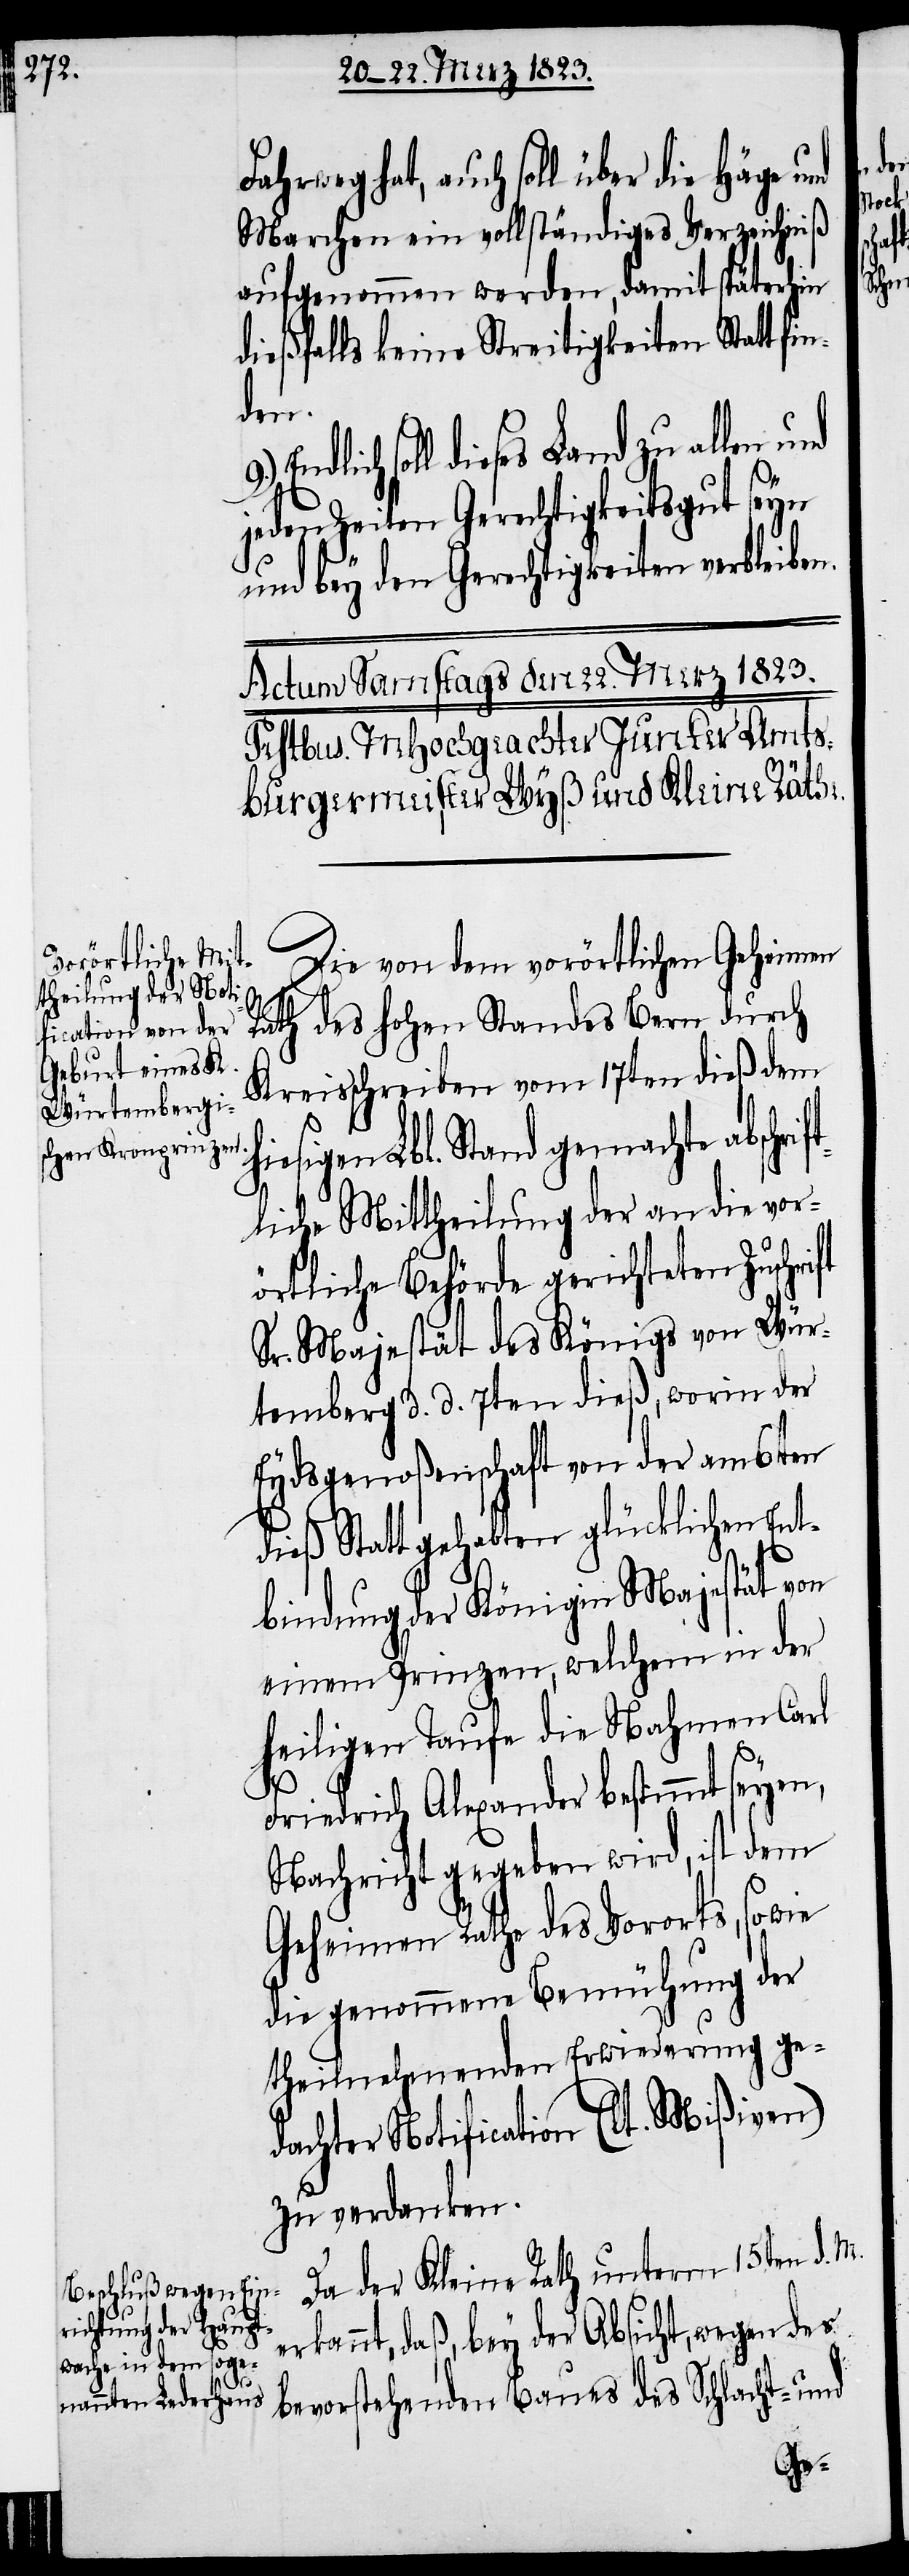
Fahrweg hat, auch soll über die Häge und
Marchen ein vollständiges Verzeichniß
aufgenommen werden, damit späterhin
dießfalls keine Streitigkeiten Statt fin¬
den.
soll dieses Land zu allen
jeden Zeiten Gerechtigkeitsgut seyn
und bey den Gerechtigkeiten verbleiben.
Die von dem vorörtlichen Geheimen
Rath des hohen Standes Bern durch
Kreisschreiben vom 17ten dieß dem
hiesigen Lbl. Stand gemachte abschrif¬
tliche Mittheilung der an die vor¬
örtliche Behörde gerichteten Zuschrift
Sr. Majestät des Königs von Wür¬
temberg d. d. 7ten dieß, worin der
Eydsgenoßenschaft von der am 6ten
dieß Statt gehabten glücklichen Ent¬
bindung der Königin Majestät von
einem Prinzen, welchem in der
heiligen Taufe die Nahmen Carl
Friedrich Alexander bestimmt seyen,
Nachricht gegeben wird, ist dem
Geheimen Rathe des Vororts, sowie
die genommene Bemühung der
theilnehmenden Erwiederung ge¬
dachter Notification (lt. Mißiven)
zu verdanken.
Da der Kleine Rath unterm 15ten d. M.
erkannt, daß, bey der Absicht, wegen des
bevorstehenden Baues des Schlacht- und